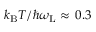
k _ { \mathrm { B } } T / \hbar \omega _ { \mathrm { L } } \approx \, 0 . 3